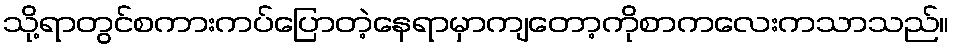
သို့ရာတွင်စကားကပ်ပြောတဲ့နေရာမှာကျတော့ကိုစာကလေးကသာသည်။